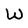
Character: W